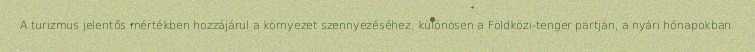
A turizmus jelentős mértékben hozzájárul a környezet szennyezéséhez, különösen a Földközi-tenger partján, a nyári hónapokban.